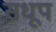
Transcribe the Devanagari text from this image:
सधूप